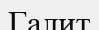
Галит